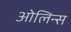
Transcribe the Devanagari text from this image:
ओलिन्स